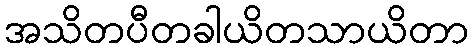
အသိတပီတခါယိတသာယိတာ